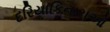
દરિયાકિનારાઓ